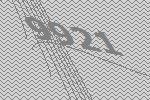
9921